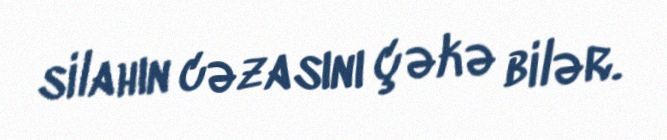
silahın cəzasını çəkə bilər.